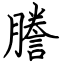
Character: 謄